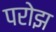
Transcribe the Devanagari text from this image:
परोझ